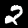
Digit: 2